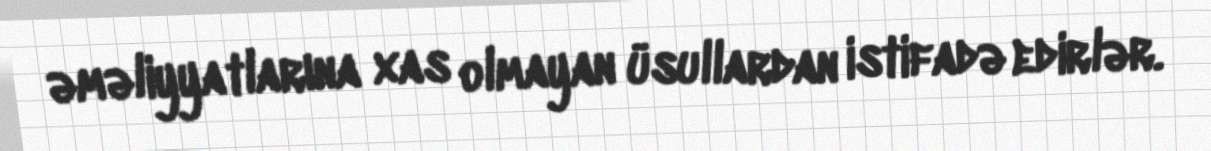
əməliyyatlarına xas olmayan üsullardan istifadə edirlər.